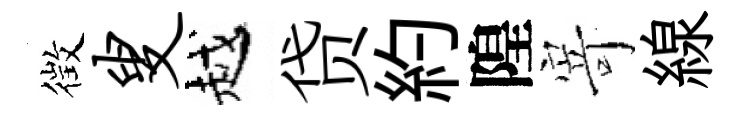
徴叟越贷約隍𭔃線